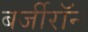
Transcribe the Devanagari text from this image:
बर्जीरॉन